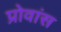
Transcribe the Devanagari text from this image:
प्रोवांस